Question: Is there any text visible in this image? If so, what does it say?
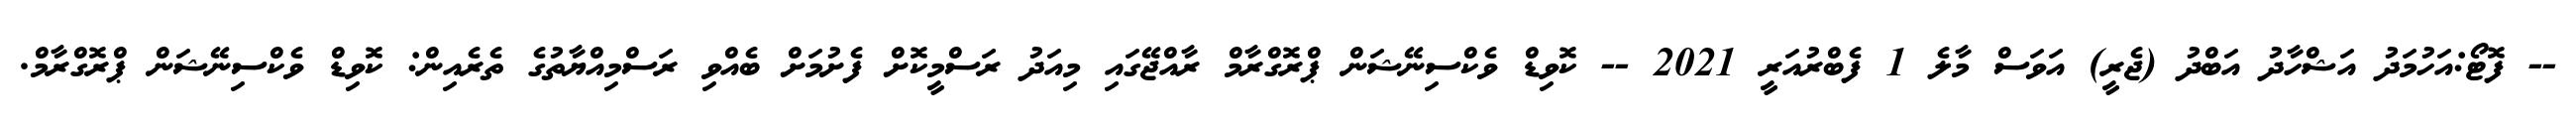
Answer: -- ފޮޓޯ:އަހުމަދު އަޝްހާދު އަބްދު (ޖެރީ) އަވަސް މާލެ 1 ފެބްރުއަރީ 2021 -- ކޮވިޑް ވެކްސިނޭޝަން ޕްރޮގްރާމް ރާއްޖޭގައި މިއަދު ރަސްމީކޮށް ފެށުމަށް ބެއްވި ރަސްމިއްޔާތުގެ ތެރެއިން: ކޮވިޑް ވެކްސިނޭޝަން ޕްރޮގްރާމް.